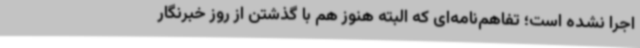
اجرا نشده است؛ تفاهم‌نامه‌ای که البته هنوز هم با گذشتن از روز خبرنگار